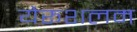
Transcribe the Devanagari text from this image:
येरूशलम